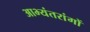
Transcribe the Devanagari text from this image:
आभ्यंतरांगों